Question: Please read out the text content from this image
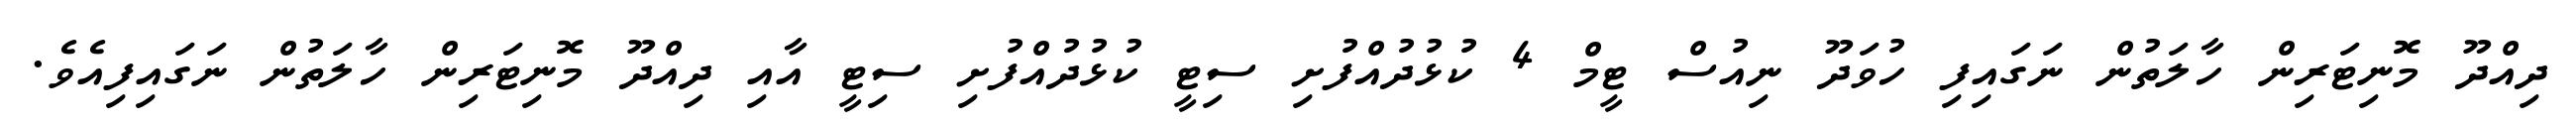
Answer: ދިއްދޫ މޮނިޓަރިން ހާލަތުން ނަގައިފި ހުވަދޫ ނިއުސް ޓީމް 4 ކުޅުދުއްފުށި ސިޓީ ކުޅުދުއްފުށި ސިޓީ އާއި ދިއްދޫ މޮނިޓަރިން ހާލަތުން ނަގައިފިއެވެ.